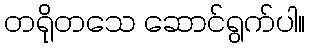
တရိုတသေ ဆောင်ရွက်ပါ။